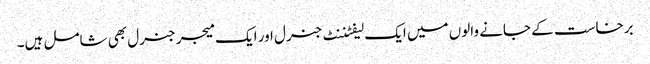
برخاست کے جانے والوں میں ایک لیفٹننٹ جنرل اور ایک میجر جنرل بھی شامل ہیں۔